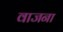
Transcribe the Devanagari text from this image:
वाजना